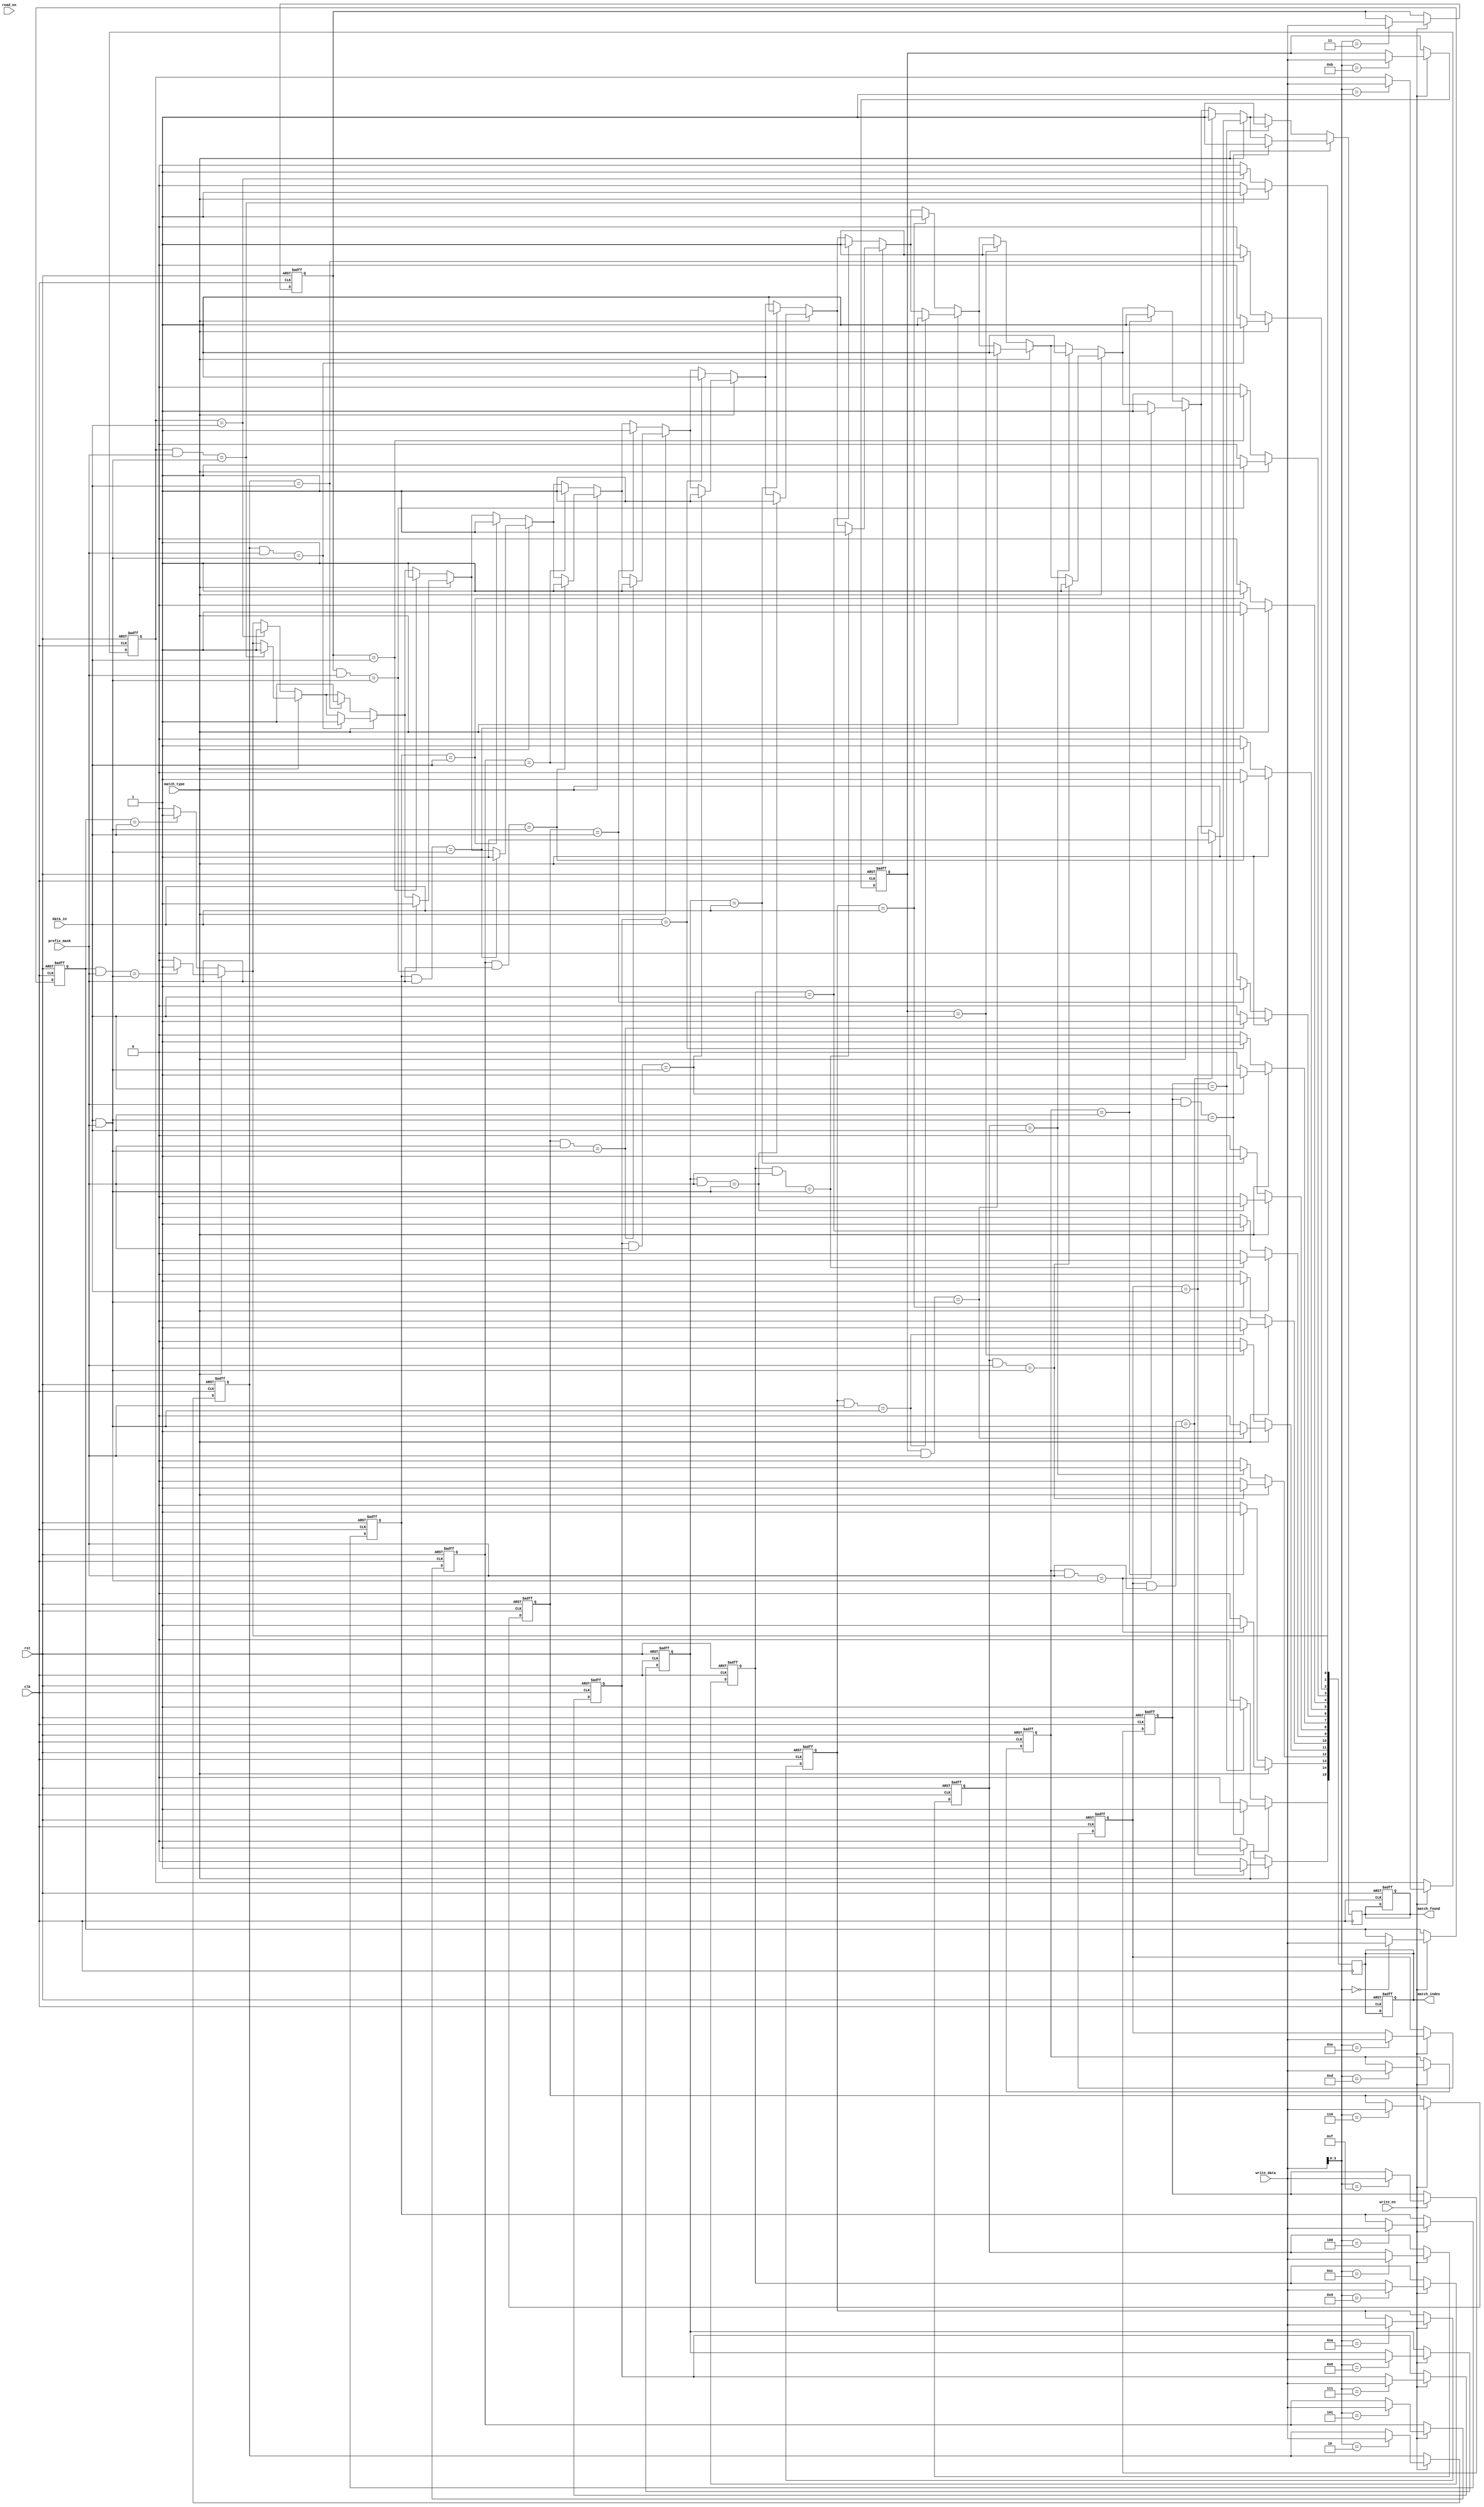
module CAM #(
    parameter N = 8,  // Word size in bits
    parameter M = 16   // Number of entries
)(
    input wire clk,
    input wire rst,
    input wire [N-1:0] data_in,     // Data input for comparison
    input wire [N-1:0] write_data,   // Data to write into CAM
    input wire write_en,              // Write enable signal
    input wire read_en,               // Read enable signal
    input wire match_type,            // 0 for exact match, 1 for prefix match
    input wire [N-1:0] prefix_mask,   // Mask for prefix matching
    output reg [M-1:0] match_index,   // Match index output
    output reg match_found             // Match indicator
);

    // Storage array for CAM
    reg [N-1:0] cam_array [0:M-1];

    integer i;

    // Write operation
    always @(posedge clk or posedge rst) begin
        if (rst) begin
            // Reset CAM entries
            for (i = 0; i < M; i = i + 1) begin
                cam_array[i] <= {N{1'b0}};
            end
            match_index <= {M{1'b0}};
            match_found <= 1'b0;
        end else if (write_en) begin
            // Write data into CAM
            cam_array[write_data[N-1:0]] <= write_data; // Assuming write_data contains the index
        end
    end

    // Match operation
    always @(posedge clk) begin
        match_found <= 1'b0;
        match_index <= {M{1'b0}};
        
        for (i = 0; i < M; i = i + 1) begin
            if (match_type == 1'b0) begin // Exact match
                if (cam_array[i] == data_in) begin
                    match_index[i] <= 1'b1;
                    match_found <= 1'b1;
                end
            end else begin // Prefix match
                if ((cam_array[i] & prefix_mask) == (data_in & prefix_mask)) begin
                    match_index[i] <= 1'b1;
                    match_found <= 1'b1;
                end
            end
        end
    end

endmodule